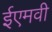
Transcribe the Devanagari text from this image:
ईएमवी